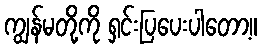
ကျွန်မတို့ကို ရှင်းပြပေးပါတော့။